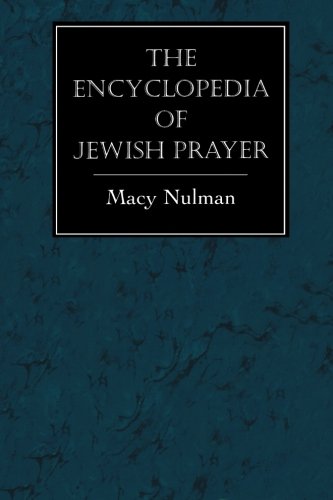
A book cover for The Encyclopedia of Jewish Prayer: The Ashkenazic and Sephardic Rites; Macy Nulman; Religion & Spirituality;